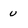
Character: u